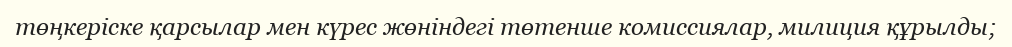
төңкеріске қарсылар мен күрес жөніндегі төтенше комиссиялар, милиция құрылды;